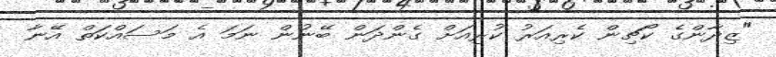
"ޒިދާންގެ ކޯޗިން ކެރިއަރު ކުރިއަށް ގެންދަން ބޭނުން ނަމަ އެ މަސައްކަތް އޭނާ